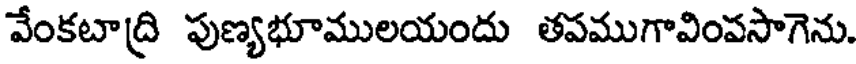
వేంకటాద్రి పుణ్యభూములయందు తపముగావింవసాగెను.